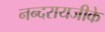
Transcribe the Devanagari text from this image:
नन्दरायजीके